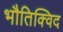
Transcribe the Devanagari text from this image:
भौतिक्विद